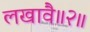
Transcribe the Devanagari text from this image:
लखावै॥२॥